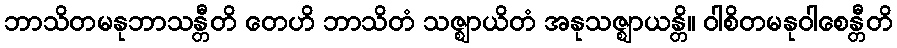
ဘာသိတမနုဘာသန္တီတိ တေဟိ ဘာသိတံ သဇ္ဈာယိတံ အနုသဇ္ဈာယန္တိ။ ဝါစိတမနုဝါစေန္တီတိ